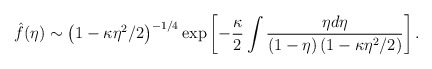
\begin{align*}\hat f(\eta) \sim \left(1-\kappa\eta^2/2\right)^{-1/4} \exp \left[ -\frac{\kappa}2 \int \frac{\eta d\eta}{(1-\eta) \left(1-\kappa\eta^2/2\right)}\right].\end{align*}